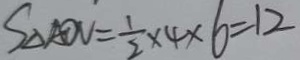
S _ { \Delta A O V } = \frac { 1 } { 2 } \times 4 \times 6 = 1 2